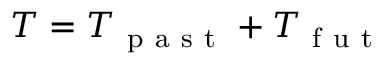
T = T _ { \mathrm { ~ p ~ a ~ s ~ t ~ } } + T _ { \mathrm { ~ f ~ u ~ t ~ } }